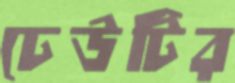
ঢেউটির